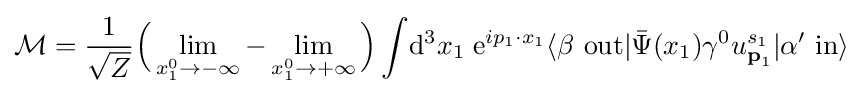
{\mathcal {M}}={\frac {1}{\sqrt {Z}}}{\Big (}\lim _{x_{1}^{0}\rightarrow -\infty }-\lim _{x_{1}^{0}\rightarrow +\infty }{\Big )}\int \!\mathrm {d} ^{3}x_{1}\;\mathrm {e} ^{ip_{1}\cdot x_{1}}\langle \beta \ \mathrm {out} |{\bar {\Psi }}(x_{1})\gamma ^{0}u_{{\textbf {p}}_{1}}^{s_{1}}|\alpha '\ \mathrm {in} \rangle